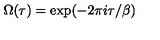
\Omega ( \tau ) = \exp ( - 2 \pi i \tau / \beta )